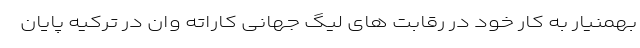
بهمنیار به کار خود در رقابت های لیگ جهانی کاراته وان در ترکیه پایان